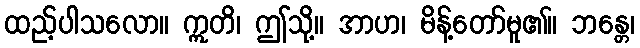
ထည့်ပါသလော။ ဣတိ၊ ဤသို့။ အာဟ၊ မိန့်တော်မူ၏။ ဘန္တေ၊